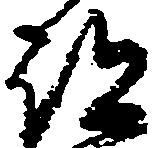
部